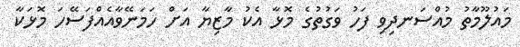
މައުލޫމާތު މުއްސަނދިވި ފަހު ވަގުތުގެ މޮޅާ އެކު މާޒިޔާ އަށް ހަމަނޭވާއެއްފަސޭހަ މޮޅަކާ